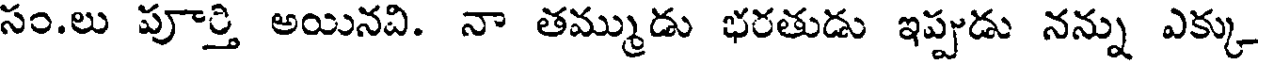
సం.లు పూర్తి అయినవి. నా తమ్ముడు భరతుడు ఇప్పుడు నన్ను ఎక్కు